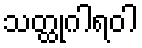
သတ္ထုဂါရဝါ